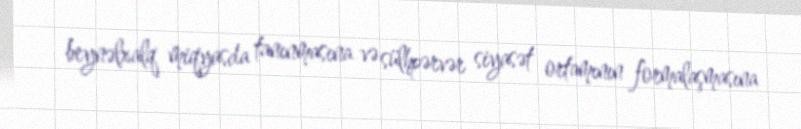
beynəlxalq miqyasda tanınmasına və sülhpərvər siyasət ortamının formalaşmasına